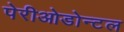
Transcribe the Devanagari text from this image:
पेरीओडोन्टल